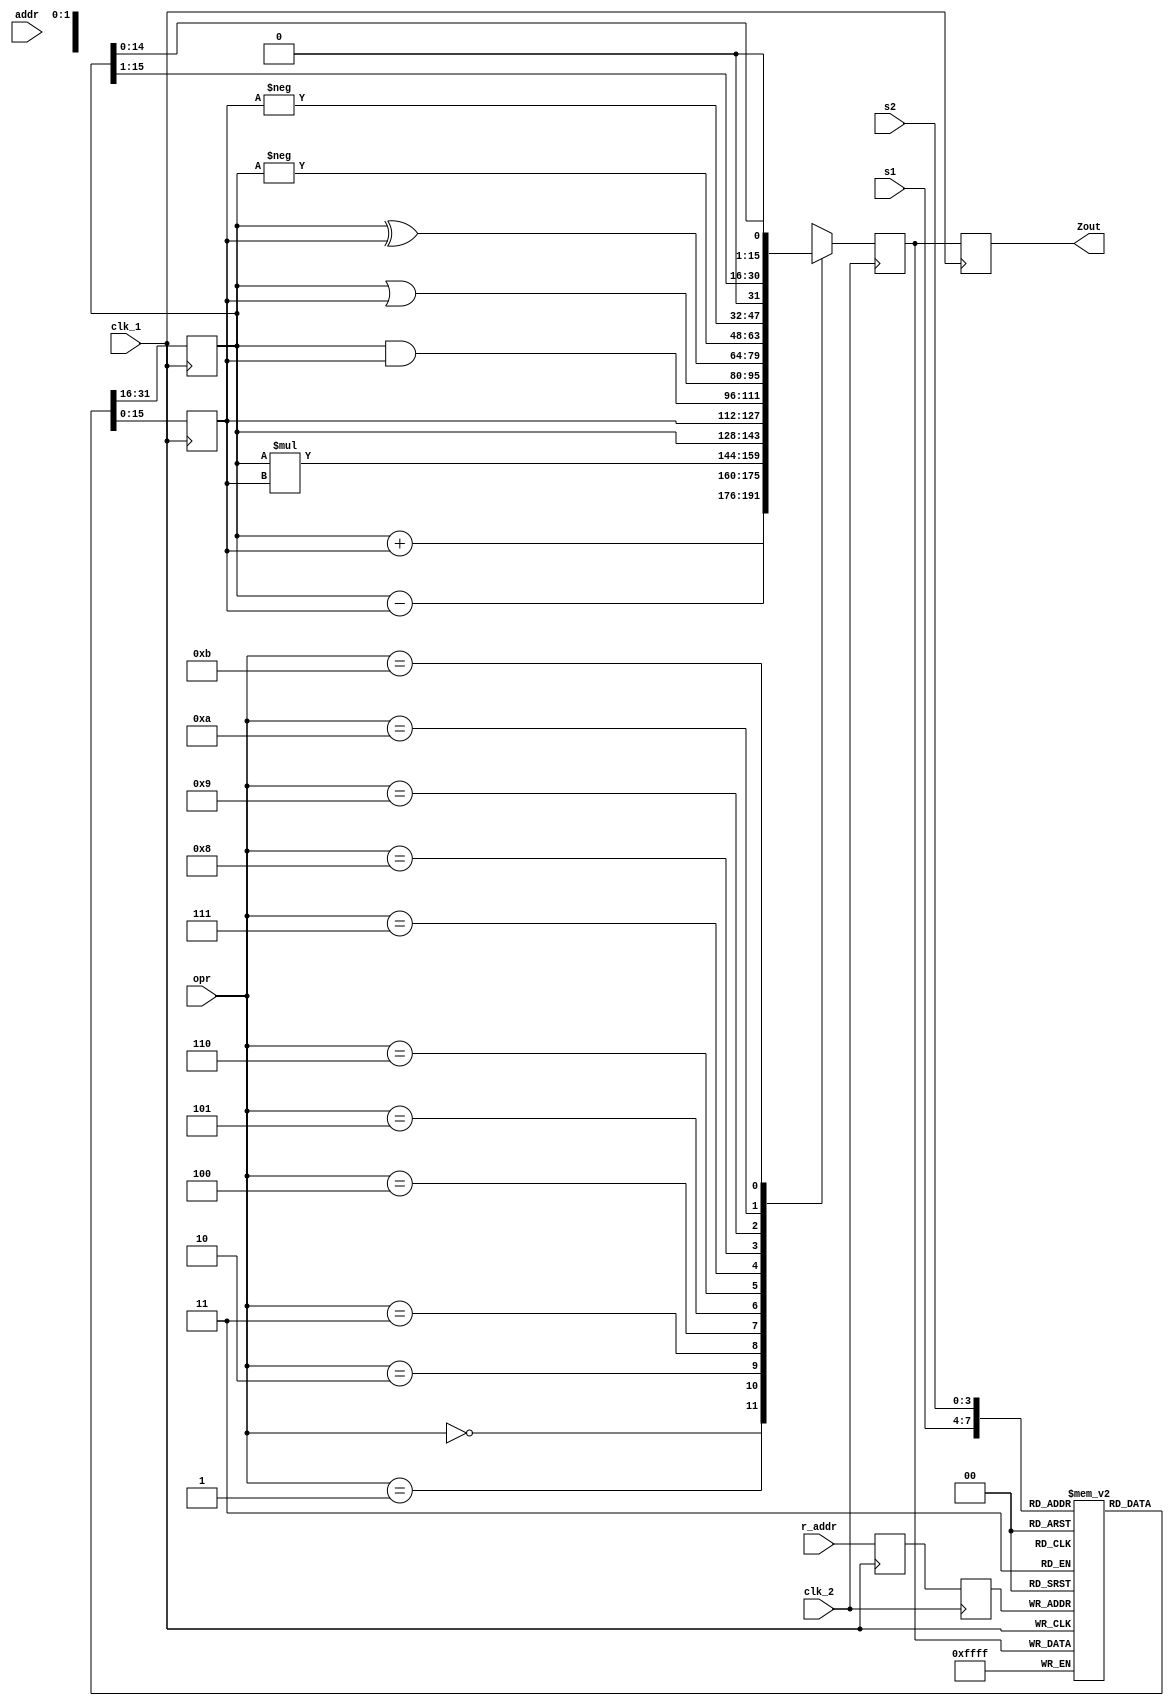
// Code your design here
module pipeline_memory_store(Zout, s1, s2, r_addr, opr, addr, clk_1, clk_2);
  input  [3:0] s1, s2, r_addr, opr;
  input  [7:0] addr;
  output [15:0] Zout;
  input clk_1, clk_2;
  
  reg [15:0] register_bank [0:15];
  reg [15:0] memory [0:255];
  
  reg [15:0] Latch12_A, Latch12_B, Latch23_Zout, Latch34_Zout;
  reg [7:0]  Latch12_addr, Latch23_addr, Latch34_addr;
  reg [3:0]  Latch12_opr, Latch12_r_addr, Latch23_r_addr;
  
  assign Zout = Latch34_Zout;
  
  always@(posedge clk_1)          //STAGE 1
    begin
      Latch12_A      <= #2 register_bank[s1];
      Latch12_B      <= #2 register_bank[s2];
      Latch12_r_addr <= #2 r_addr;
      Latch12_addr   <= #2 addr;
      Latch12_opr    <= #2 opr;
    end
  
  always@(negedge clk_2)           //STATE 2
    begin 
      case(opr)
        4'b0000: Latch23_Zout <= #2 Latch12_A + Latch12_B;
        4'b0001: Latch23_Zout <= #2 Latch12_A - Latch12_B;
        4'b0010: Latch23_Zout <= #2 Latch12_A * Latch12_B;
        4'b0011: Latch23_Zout <= #2 Latch12_A;
        4'b0100: Latch23_Zout <= #2 Latch12_B;
        4'b0101: Latch23_Zout <= #2 Latch12_A & Latch12_B;
        4'b0110: Latch23_Zout <= #2 Latch12_A | Latch12_B;
        4'b0111: Latch23_Zout <= #2 Latch12_A ^ Latch12_B;
        4'b1000: Latch23_Zout <= #2 - Latch12_A;
        4'b1001: Latch23_Zout <= #2 - Latch12_B;
        4'b1010: Latch23_Zout <= #2 Latch12_A >> 1;
        4'b1011: Latch23_Zout <= #2 Latch12_A << 1;
        default: Latch23_Zout <= #2 16'hxxxx;
      endcase
      Latch23_r_addr <= #2 Latch12_r_addr;
      Latch23_addr   <= #2 Latch12_addr;
    end
  
  always@(posedge clk_1)          //STATE 3
    begin
      register_bank[Latch23_r_addr] <= #2 Latch23_Zout;
      Latch34_addr          <= #2 Latch23_addr;
      Latch34_Zout          <= #2 Latch23_Zout;
    end
  
  always@(negedge clk_2)          // STATE 4
    begin
      memory[Latch34_addr] <= #2 Latch34_Zout;
    end
endmodule